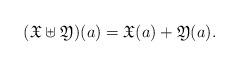
LaTeX: \begin{align*} (\mathfrak{X}\uplus\mathfrak{Y})(a) = \mathfrak{X}(a)+\mathfrak{Y}(a).\end{align*}